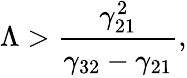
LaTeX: \Lambda>\cfrac{\gamma_{21}^{2}}{\gamma_{32}-\gamma_{21}},